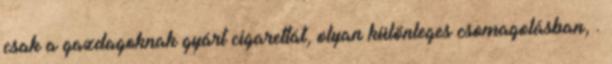
csak a gazdagoknak gyárt cigarettát, olyan különleges csomagolásban, .